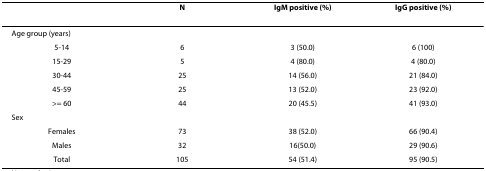
<table><thead><tr><td></td><td><b>N</b></td><td><b>IgM positive (%)</b></td><td><b>IgG positive (%)</b></td></tr></thead><tbody><tr><td>Age group (years)</td><td></td><td></td><td></td></tr><tr><td>5-14</td><td>6</td><td>3 (50.0)</td><td>6 (100)</td></tr><tr><td>15-29</td><td>5</td><td>4 (80.0)</td><td>4 (80.0)</td></tr><tr><td>30-44</td><td>25</td><td>14 (56.0)</td><td>21 (84.0)</td></tr><tr><td>45-59</td><td>25</td><td>13 (52.0)</td><td>23 (92.0)</td></tr><tr><td>&gt;= 60</td><td>44</td><td>20 (45.5)</td><td>41 (93.0)</td></tr><tr><td>Sex</td><td></td><td></td><td></td></tr><tr><td>Females</td><td>73</td><td>38 (52.0)</td><td>66 (90.4)</td></tr><tr><td>Males</td><td>32</td><td>16(50.0)</td><td>29 (90.6)</td></tr><tr><td>Total</td><td>105</td><td>54 (51.4)</td><td>95 (90.5)</td></tr></tbody></table>